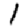
Digit: 1